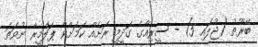
ބޭރޫތު (ޖުލައި 5) - ސީރިއާގެ ގަދީމީ ރަށެއް ކަމަށްވާ ޕަލްމީރާ ނުވަތަ